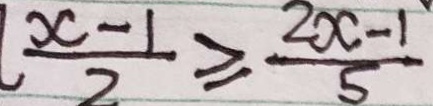
\frac { x - 1 } { 2 } \geq \frac { 2 x - 1 } { 5 }